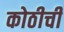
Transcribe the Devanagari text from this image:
कोठीची